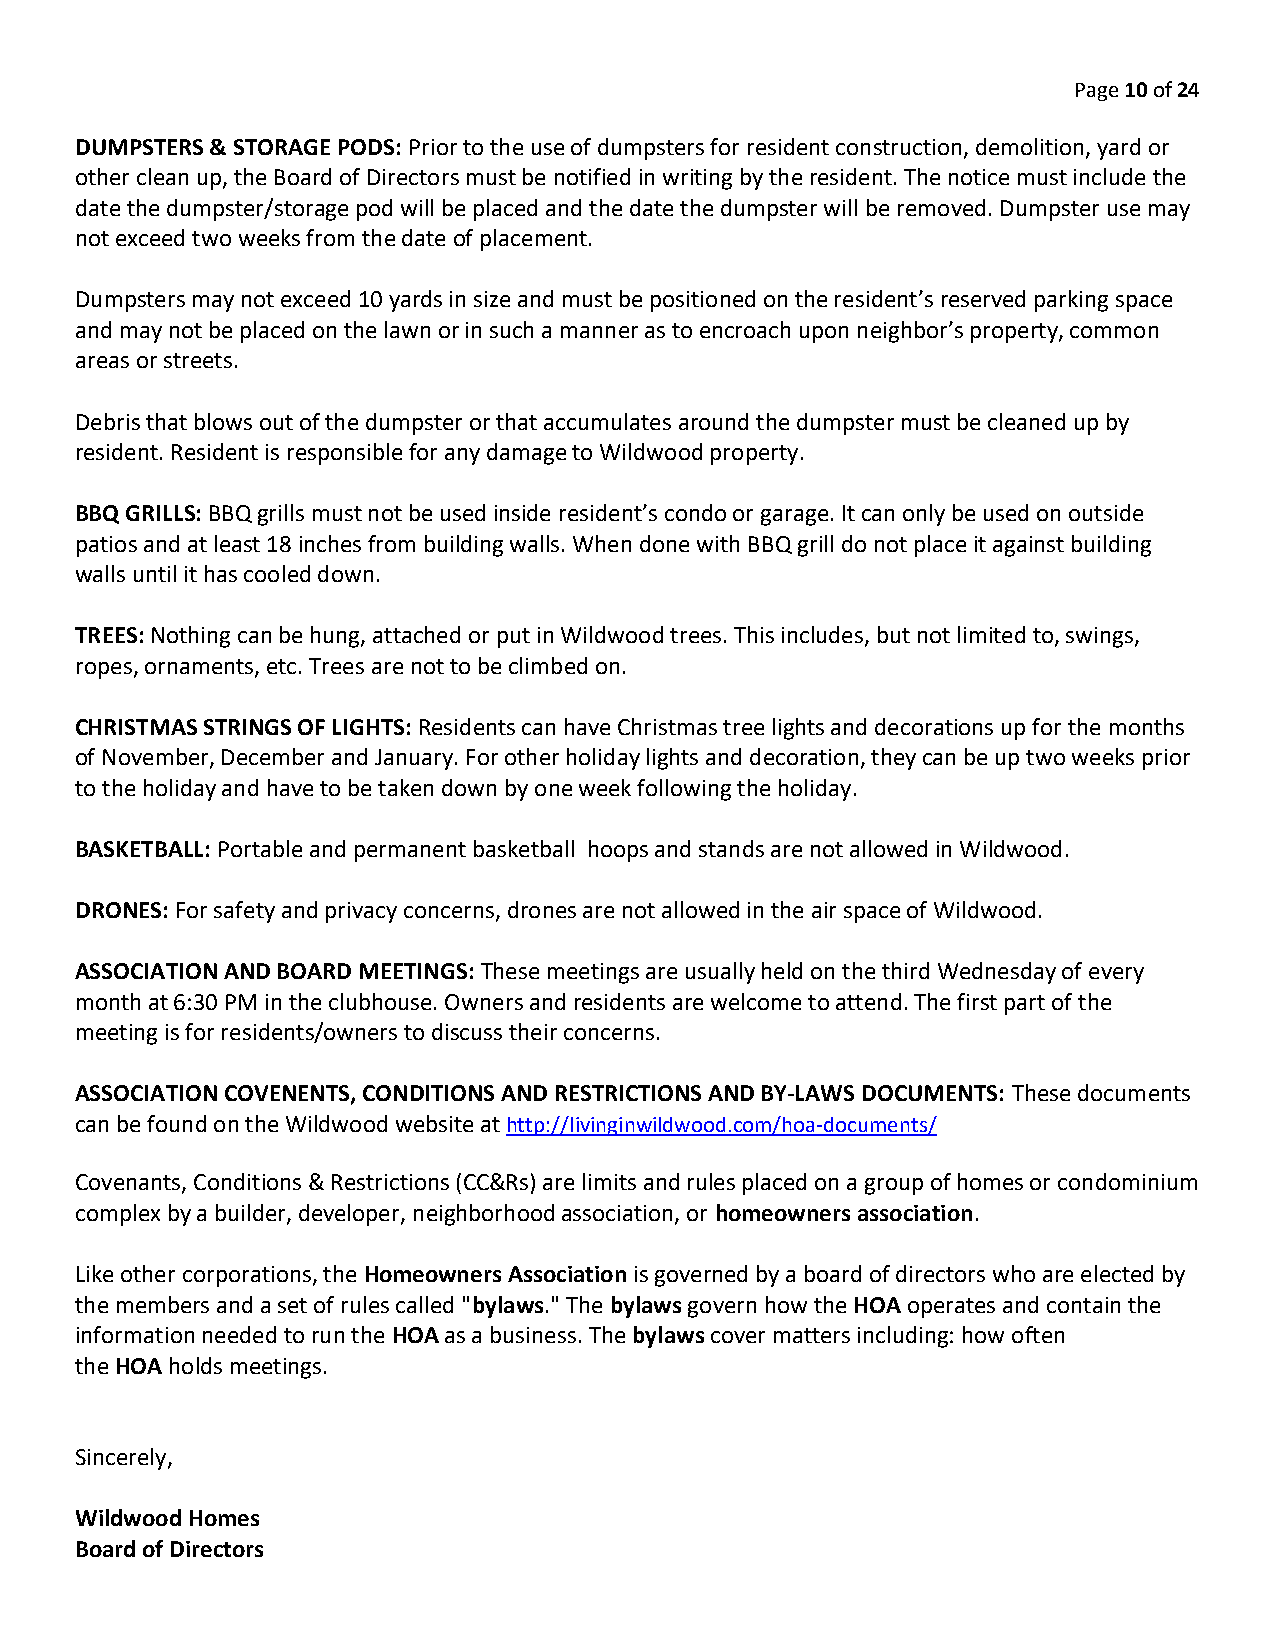
Page 10 of 24
 DUMPSTERS & STORAGE PODS: Prior to the use of dumpsters for resident construction, demolition, yard or
 other clean up, the Board of Directors must be notified in writing by the resident. The notice must include the
 date the dumpster/storage pod will be placed and the date the dumpster will be removed. Dumpster use may
 not exceed two weeks from the date of placement.
 Dumpsters may not exceed 10 yards in size and must be positioned on the resident’s reserved parking space
 and may not be placed on the lawn or in such a manner as to encroach upon neighbor’s property, common
 areas or streets.
 Debris that blows out of the dumpster or that accumulates around the dumpster must be cleaned up by
 resident. Resident is responsible for any damage to Wildwood property.
 BBQ GRILLS: BBQ grills must not be used inside resident’s condo or garage. It can only be used on outside
 patios and at least 18 inches from building walls. When done with BBQ grill do not place it against building
 walls until it has cooled down.
 TREES: Nothing can be hung, attached or put in Wildwood trees. This includes, but not limited to, swings,
 ropes, ornaments, etc. Trees are not to be climbed on.
 CHRISTMAS STRINGS OF LIGHTS: Residents can have Christmas tree lights and decorations up for the months
 of November, December and January. For other holiday lights and decoration, they can be up two weeks prior
 to the holiday and have to be taken down by one week following the holiday.
 BASKETBALL: Portable and permanent basketball hoops and stands are not allowed in Wildwood.
 DRONES: For safety and privacy concerns, drones are not allowed in the air space of Wildwood.
 ASSOCIATION AND BOARD MEETINGS: These meetings are usually held on the third Wednesday of every
 month at 6:30 PM in the clubhouse. Owners and residents are welcome to attend. The first part of the
 meeting is for residents/owners to discuss their concerns.
 ASSOCIATION COVENENTS, CONDITIONS AND RESTRICTIONS AND BY-LAWS DOCUMENTS: These documents
 can be found on the Wildwood website at http://livinginwildwood.com/hoa-documents/
 Covenants, Conditions & Restrictions (CC&Rs) are limits and rules placed on a group of homes or condominium
 complex by a builder, developer, neighborhood association, or homeowners association.
 Like other corporations, the Homeowners Association is governed by a board of directors who are elected by
 the members and a set of rules called "bylaws." The bylaws govern how the HOA operates and contain the
 information needed to run the HOA as a business. The bylaws cover matters including: how often
 the HOA holds meetings.
 Sincerely,
 Wildwood Homes
 Board of Directors